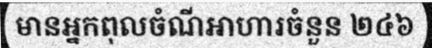
មានអ្នកពុលចំណីអាហារចំនួន ២៤៦